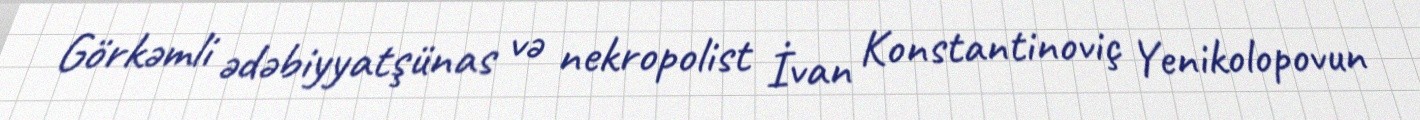
Görkəmli ədəbiyyatşünas və nekropolist İvan Konstantinoviç Yenikolopovun